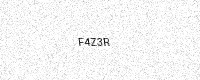
Text: F4Z3R